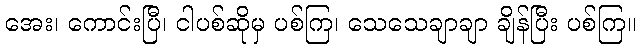
အေး၊ ကောင်းပြီ၊ ငါပစ်ဆိုမှ ပစ်ကြ၊ သေသေချာချာ ချိန်ပြီး ပစ်ကြ။